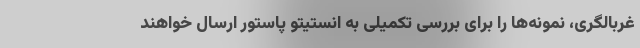
غربالگری، نمونه‌ها را برای بررسی تکمیلی به انستیتو پاستور ارسال خواهند